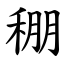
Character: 稝